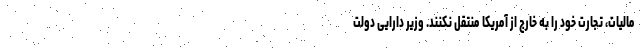
مالیات، تجارت خود را به خارج از آمریکا منتقل نکنند. وزیر دارایی دولت